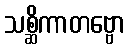
သစ္ဆိကာတဗ္ဗော